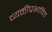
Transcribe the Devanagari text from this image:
व्यक्तीप्रभावित